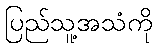
ပြည်သူ့အသံကို